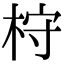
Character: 𣑋